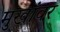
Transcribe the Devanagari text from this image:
मुखांवर